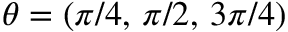
\theta = ( \pi / 4 , \, \pi / 2 , \, 3 \pi / 4 )